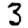
Digit: 3